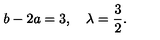
b - 2 a = 3 , \quad \lambda = \frac { 3 } { 2 } .